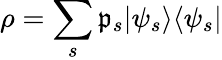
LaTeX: \rho=\sum_{s}\mathfrak{p}_{s}|\psi_{s}\rangle\langle\psi_{s}|